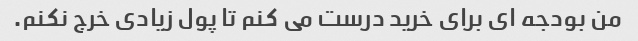
من بودجه ای برای خرید درست می کنم تا پول زیادی خرج نکنم.